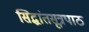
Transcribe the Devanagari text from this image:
सिद्धांतसूत्रपाठ